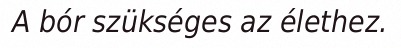
A bór szükséges az élethez.